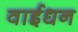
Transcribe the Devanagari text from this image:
वाईधन